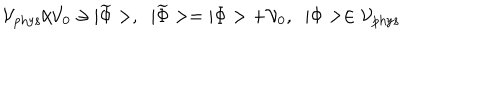
LaTeX: { \cal V } _ { \mathrm { p h y s } } / { \cal V } _ { 0 } \ni | \widetilde { \Phi } > , \; \; | \widetilde { \Phi } > = | \Phi > + { \cal V } _ { 0 } , \; \; | \Phi > \in { \cal V } _ { \mathrm { p h y s } }